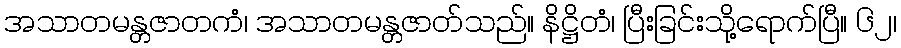
အသာတမန္တဇာတကံ၊ အသာတမန္တဇာတ်သည်။ နိဋ္ဌိတံ၊ ပြီးခြင်းသို့ရောက်ပြီ။ ၆၂၊